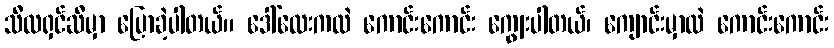
သီလရှင်ဆီမှာ ပြောခဲ့ပါတယ်။ ဒေါ်လေးကလဲ ကောင်းကောင်း ကျွေးပါတယ်၊ ကျောင်းမှာလဲ ကောင်းကောင်း